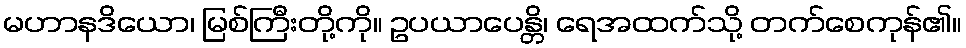
မဟာနဒိယော၊ မြစ်ကြီးတို့ကို။ ဥပယာပေန္တိ၊ ရေအထက်သို့ တက်စေကုန်၏။